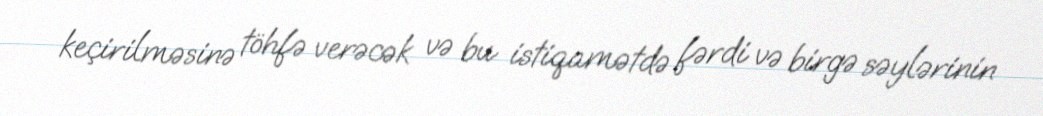
keçirilməsinə töhfə verəcək və bu istiqamətdə fərdi və birgə səylərinin